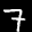
Label: 7